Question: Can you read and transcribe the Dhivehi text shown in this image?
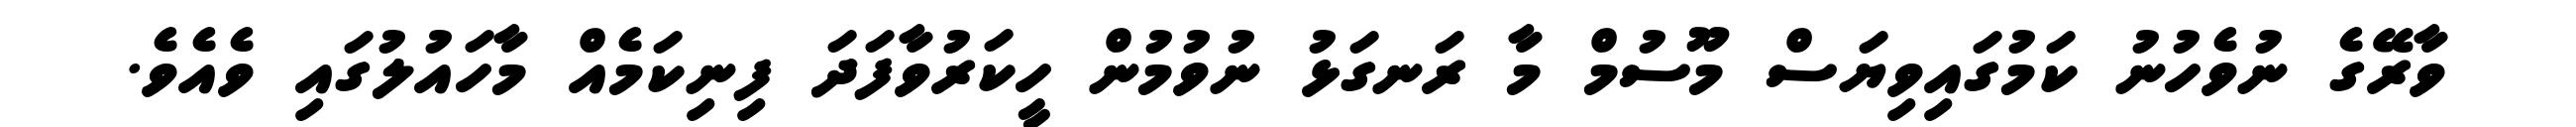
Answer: ވާރޭގެ ނުވެހުނު ކަމުގައިވިޔަސް މޫސުމް މާ ރަނގަޅު ނުވުމުން ހީކަރުވާފަދަ ފިނިކަމެއް މާހައުލުގައި ވެއެވެ.